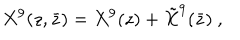
X ^ { 9 } ( z , \bar { z } ) = X ^ { 9 } ( z ) + { \tilde { X } } ^ { 9 } ( \bar { z } ) \ ,